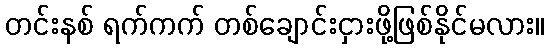
တင်းနစ် ရက်ကက် တစ်ချောင်းငှားဖို့ဖြစ်နိုင်မလား။